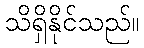
သိရှိနိုင်သည်။